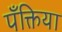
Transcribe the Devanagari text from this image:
पँक्तिया